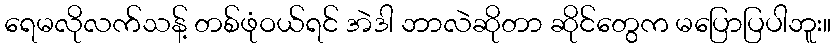
ရေမလိုလက်သန့် တစ်ဖုံဝယ်ရင် အဲဒါ ဘာလဲဆိုတာ ဆိုင်တွေက မပြောပြပါဘူး။